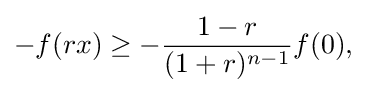
\displaystyle {-f(rx)\geq -{1-r \over (1+r)^{n-1}}f(0),}